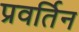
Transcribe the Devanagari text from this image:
प्रवर्तिन